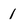
Character: 1